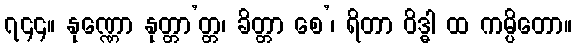
၇၄၄။ နုဏ္ဏော နုတ္တာ’တ္တ၊ ခိတ္တာ စေ’၊ ရိတာ ဝိဒ္ဓါ ထ ကမ္ပိတော။